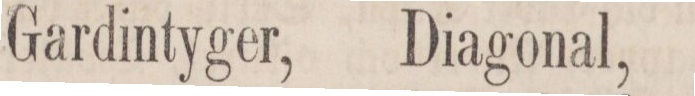
Gardintyger,    Diagonal,